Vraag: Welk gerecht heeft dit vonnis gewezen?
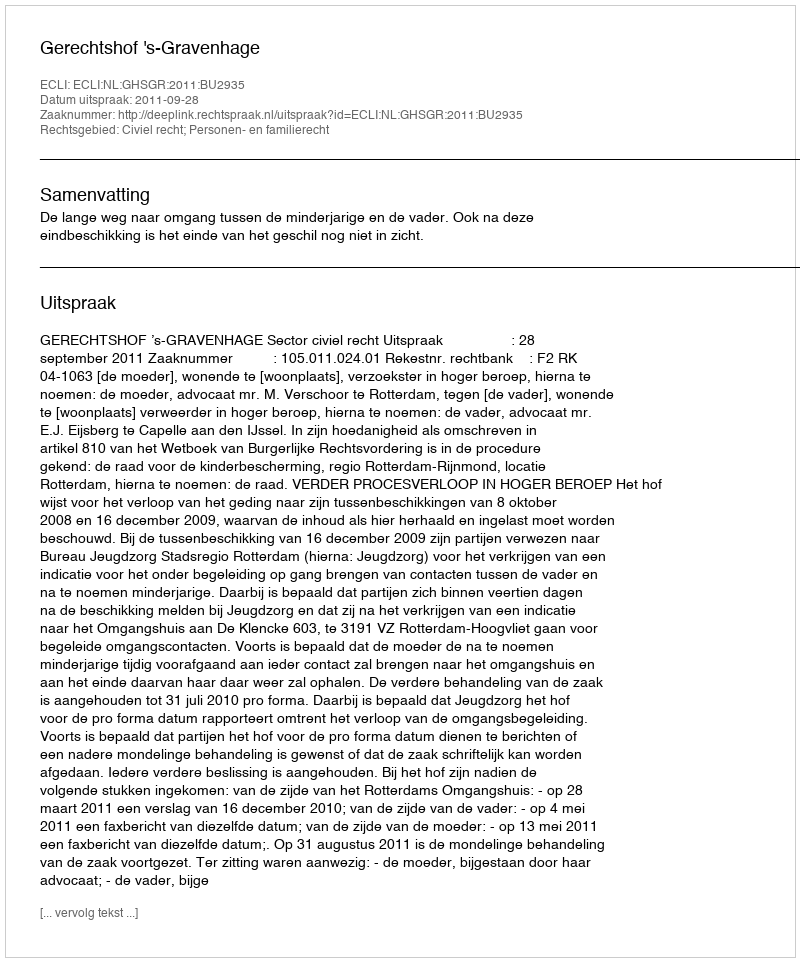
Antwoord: Gerechtshof 's-Gravenhage